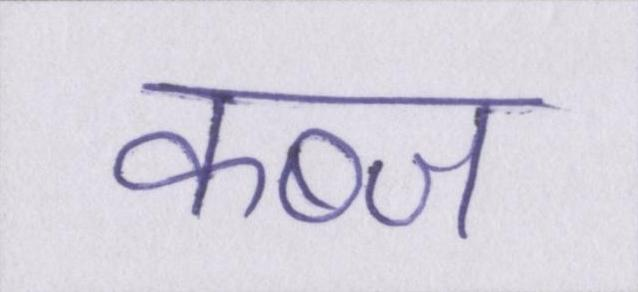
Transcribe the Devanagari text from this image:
कब्ज